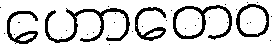
ဟောတေဝ